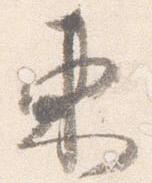
東